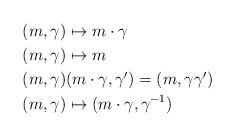
LaTeX: \begin{align*} &(m,\gamma) \mapsto m \cdot \gamma \\ &(m,\gamma) \mapsto m \\ &(m,\gamma) (m \cdot \gamma,\gamma') = (m,\gamma\gamma')\\ &(m,\gamma) \mapsto (m\cdot\gamma,\gamma^{-1})\end{align*}